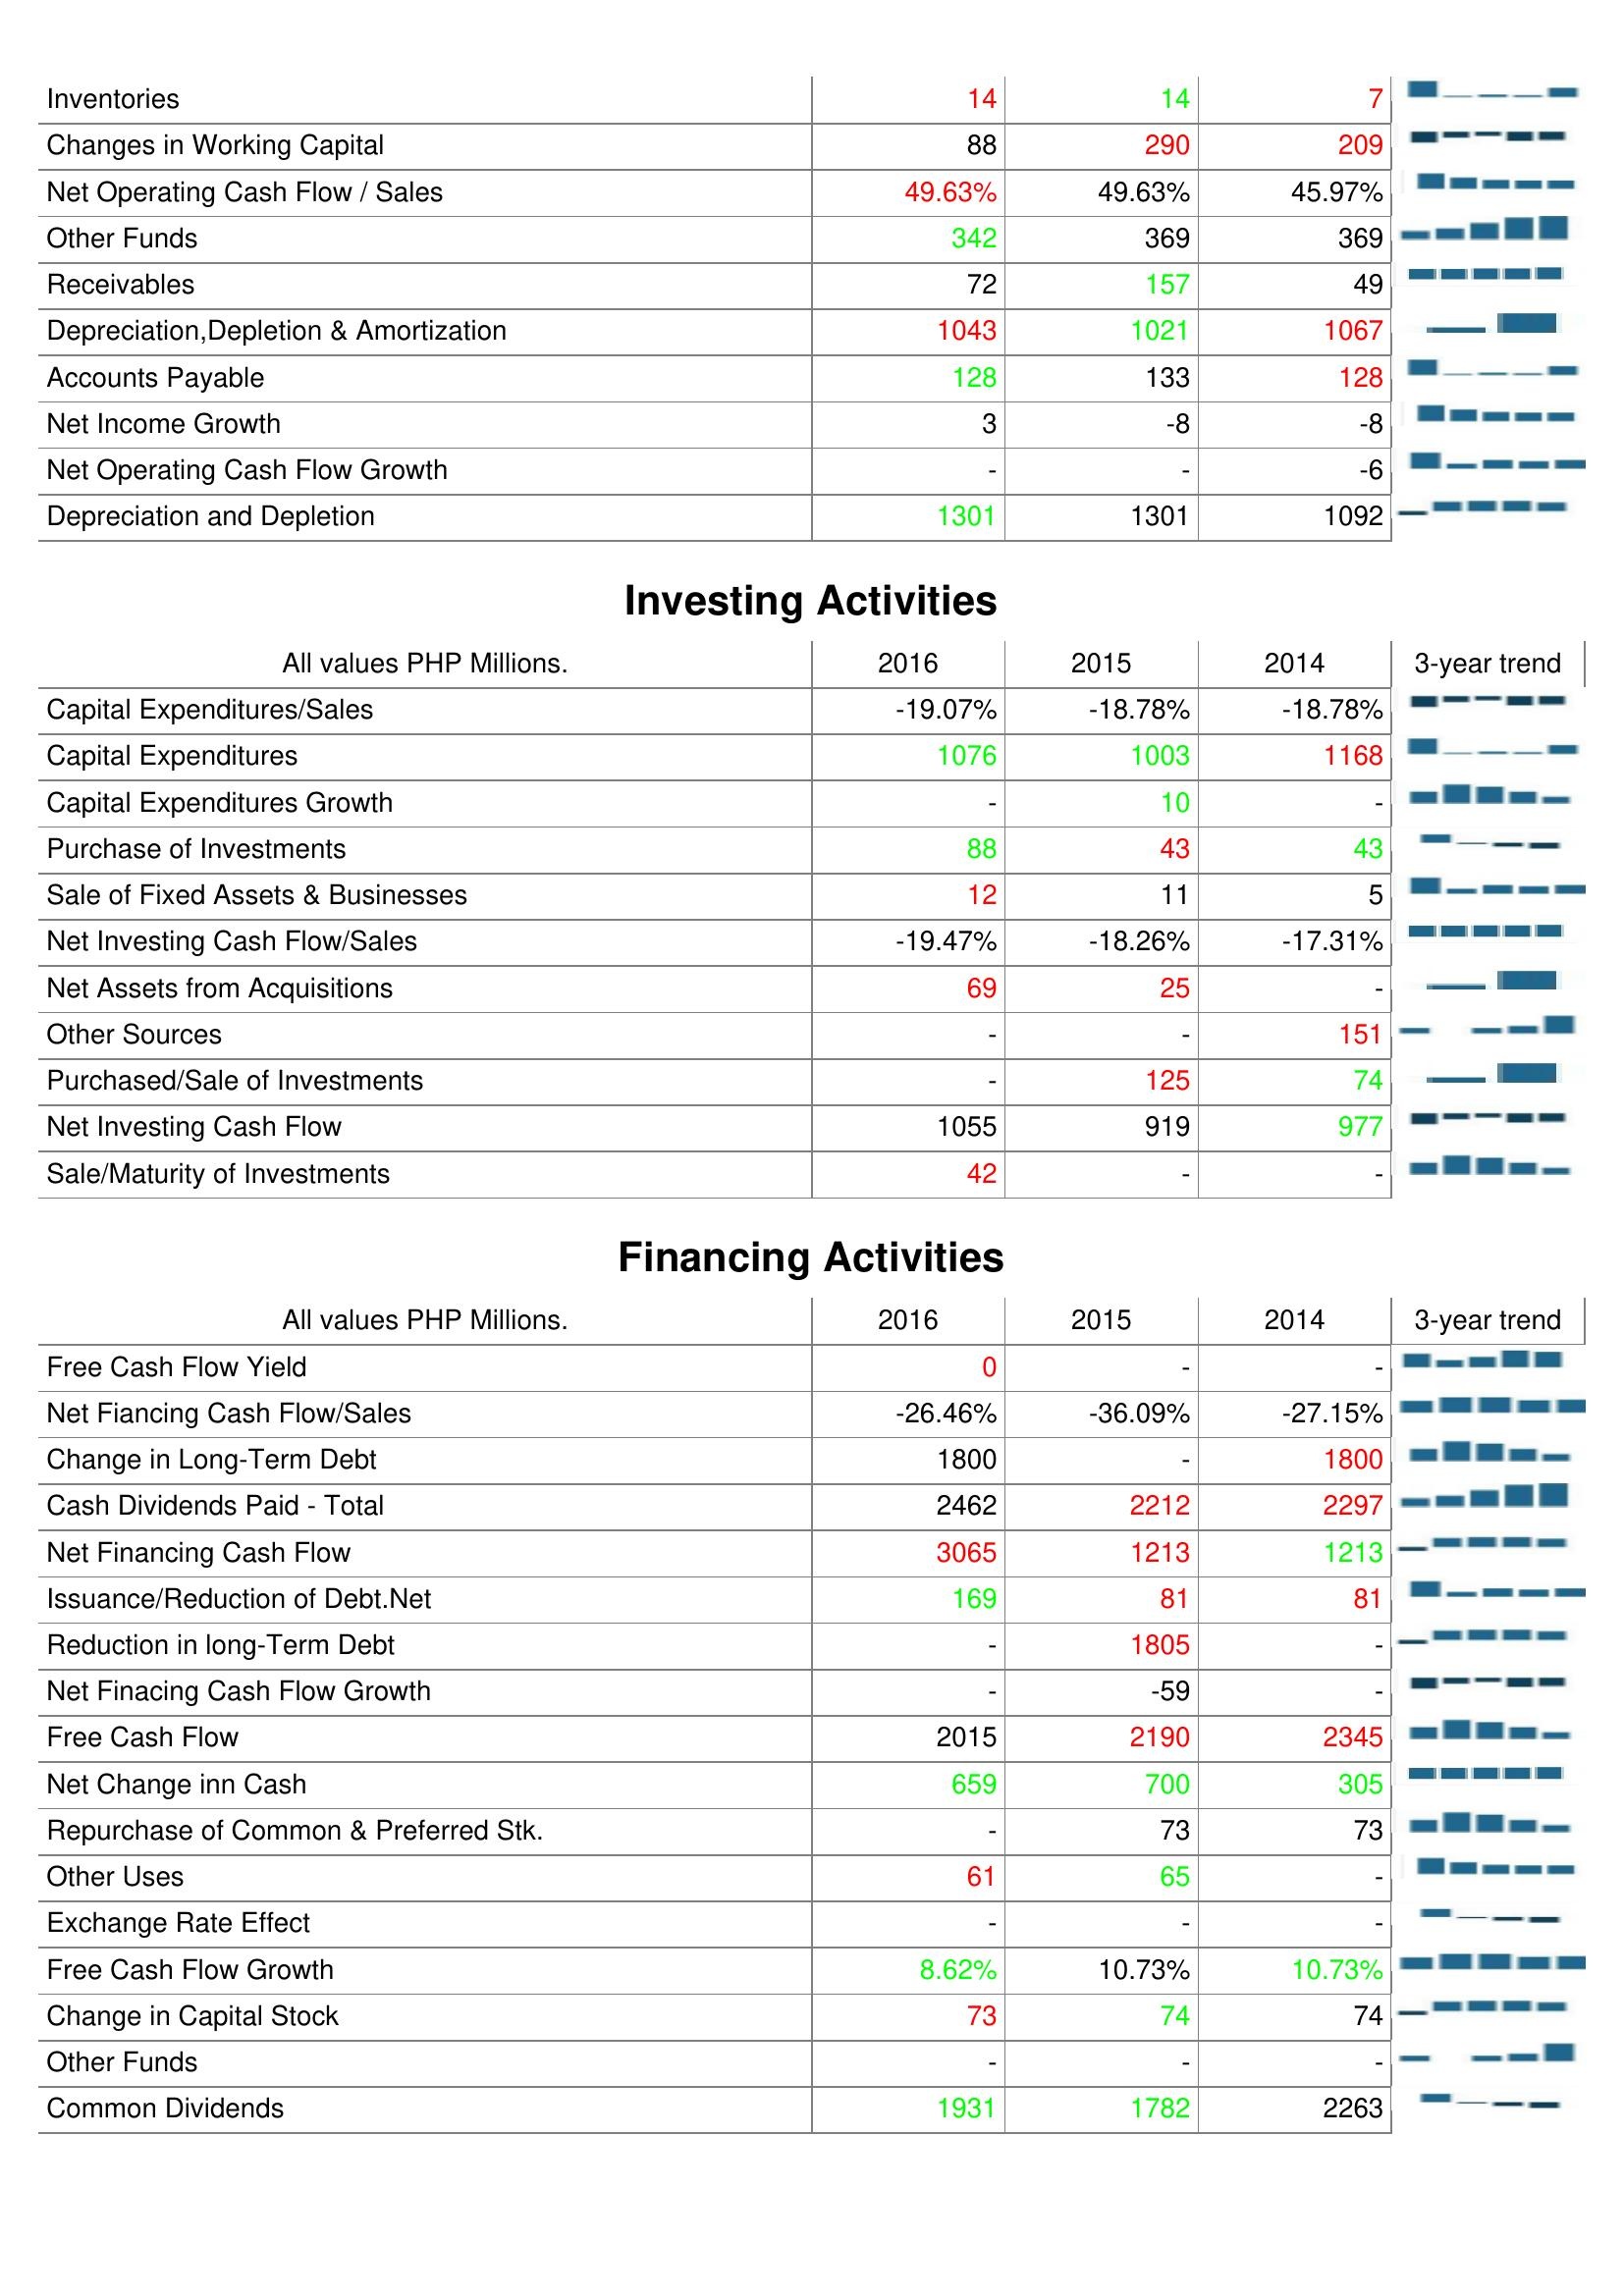
2016: Operating Activities: Inventories: 14
Changes in Working Capital: 88
Net Operating Cash Flow / Sales: 49.63%
Other Funds: 342
Receivables: 72
Depreciation,Depletion & Amortization: 1043
Accounts Payable: 128
Net Income Growth: 3
Net Operating Cash Flow Growth: -
Depreciation and Depletion: 1301
Investing Activities: Capital Expenditures/Sales: -19.07%
Capital Expenditures: 1076
Capital Expenditures Growth: -
Purchase of Investments: 88
Sale of Fixed Assets & Businesses: 12
Net Investing Cash Flow/Sales: -19.47%
Net Assets from Acquisitions: 69
Other Sources: -
Purchased/Sale of Investments: -
Net Investing Cash Flow: 1055
Sale/Maturity of Investments: 42
Financing Activities: Free Cash Flow Yield: 0
Net Fiancing Cash Flow/Sales: -26.46%
Change in Long-Term Debt: 1800
Cash Dividends Paid - Total: 2462
Net Financing Cash Flow: 3065
Issuance/Reduction of Debt.Net: 169
Reduction in long-Term Debt: -
Net Finacing Cash Flow Growth: -
Free Cash Flow: 2015
Net Change inn Cash: 659
Repurchase of Common & Preferred Stk.: -
Other Uses: 61
Exchange Rate Effect: -
Free Cash Flow Growth: 8.62%
Change in Capital Stock: 73
Other Funds: -
Common Dividends: 1931
2015: Operating Activities: Inventories: 14
Changes in Working Capital: 290
Net Operating Cash Flow / Sales: 49.63%
Other Funds: 369
Receivables: 157
Depreciation,Depletion & Amortization: 1021
Accounts Payable: 133
Net Income Growth: -8
Net Operating Cash Flow Growth: -
Depreciation and Depletion: 1301
Investing Activities: Capital Expenditures/Sales: -18.78%
Capital Expenditures: 1003
Capital Expenditures Growth: 10
Purchase of Investments: 43
Sale of Fixed Assets & Businesses: 11
Net Investing Cash Flow/Sales: -18.26%
Net Assets from Acquisitions: 25
Other Sources: -
Purchased/Sale of Investments: 125
Net Investing Cash Flow: 919
Sale/Maturity of Investments: -
Financing Activities: Free Cash Flow Yield: -
Net Fiancing Cash Flow/Sales: -36.09%
Change in Long-Term Debt: -
Cash Dividends Paid - Total: 2212
Net Financing Cash Flow: 1213
Issuance/Reduction of Debt.Net: 81
Reduction in long-Term Debt: 1805
Net Finacing Cash Flow Growth: -59
Free Cash Flow: 2190
Net Change inn Cash: 700
Repurchase of Common & Preferred Stk.: 73
Other Uses: 65
Exchange Rate Effect: -
Free Cash Flow Growth: 10.73%
Change in Capital Stock: 74
Other Funds: -
Common Dividends: 1782
2014: Operating Activities: Inventories: 7
Changes in Working Capital: 209
Net Operating Cash Flow / Sales: 45.97%
Other Funds: 369
Receivables: 49
Depreciation,Depletion & Amortization: 1067
Accounts Payable: 128
Net Income Growth: -8
Net Operating Cash Flow Growth: -6
Depreciation and Depletion: 1092
Investing Activities: Capital Expenditures/Sales: -18.78%
Capital Expenditures: 1168
Capital Expenditures Growth: -
Purchase of Investments: 43
Sale of Fixed Assets & Businesses: 5
Net Investing Cash Flow/Sales: -17.31%
Net Assets from Acquisitions: -
Other Sources: 151
Purchased/Sale of Investments: 74
Net Investing Cash Flow: 977
Sale/Maturity of Investments: -
Financing Activities: Free Cash Flow Yield: -
Net Fiancing Cash Flow/Sales: -27.15%
Change in Long-Term Debt: 1800
Cash Dividends Paid - Total: 2297
Net Financing Cash Flow: 1213
Issuance/Reduction of Debt.Net: 81
Reduction in long-Term Debt: -
Net Finacing Cash Flow Growth: -
Free Cash Flow: 2345
Net Change inn Cash: 305
Repurchase of Common & Preferred Stk.: 73
Other Uses: -
Exchange Rate Effect: -
Free Cash Flow Growth: 10.73%
Change in Capital Stock: 74
Other Funds: -
Common Dividends: 2263